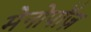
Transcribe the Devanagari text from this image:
मेनोपॉज़